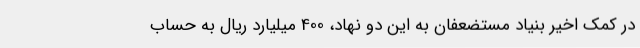
در کمک اخیر بنیاد مستضعفان به این دو نهاد، 400 میلیارد ریال به حساب